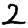
Digit: 2